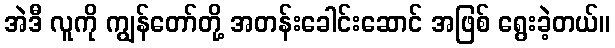
အဲဒီ လူကို ကျွန်တော်တို့ အတန်းခေါင်းဆောင် အဖြစ် ရွေးခဲ့တယ်။